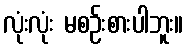
လုံးလုံး မစဉ်းစားပါဘူး။